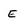
Character: E